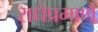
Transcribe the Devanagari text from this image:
राधेप्रमाणे